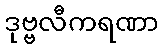
ဒုဗ္ဗလီကရဏာ